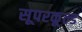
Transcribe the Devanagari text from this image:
सूपरकूल्ड